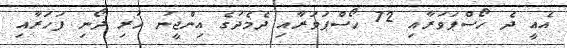
އެއީ ދެ ހޯސްޕަވަރާއި 72 ހޯސްޕަވަރާއި ދެމެދުގެ އިންޖީނު ހުރި ދޯނި ފަހަރާއި